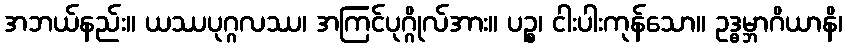
အဘယ်နည်း။ ယဿပုဂ္ဂလဿ၊ အကြင်ပုဂ္ဂိုလ်အား။ ပဉ္စ၊ ငါးပါးကုန်သော။ ဥဒ္ဓမ္ဘာဂိယာနိ၊